Code of medical and sanitary regulations for the guidance of medical officers serving in the Madras Presidency - Volume II
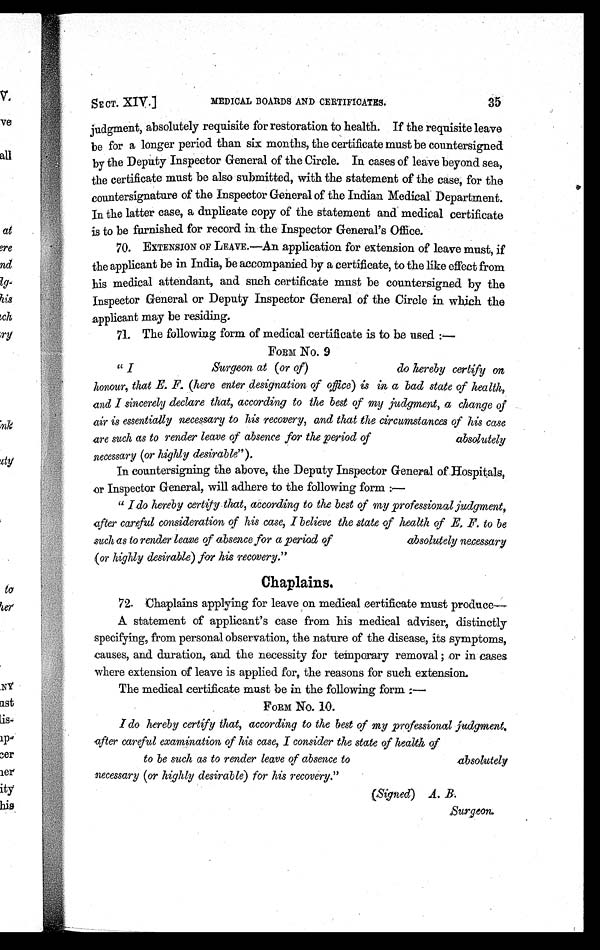
SECT. XIV.]
MEDICAL BOARDS AND CERTIFICATES.
35
judgment, absolutely requisite for restoration to health. If the requisite leave
be for a longer period than six months, the certificate must be countersigned
by the Deputy Inspector General of the Circle. In cases of leave beyond sea,
the certificate must be also submitted, with the statement of the case, for the
countersignature of the Inspector General of the Indian Medical Department.
In the latter case, a duplicate copy of the statement and medical certificate
is to be furnished for record in the Inspector General's Office.
70.
EXTENSION OF LEAVE.—An application for extension of leave must, if
the applicant be in India, be accompanied by a certificate, to the like effect from
his medical attendant, and such certificate must be countersigned by the
Inspector General or Deputy Inspector General of the Circle in which the
applicant may be residing.
71. The following form of medical certificate is to be used :—
FORM No. 9
'' I Surgeon at (or of) do hereby certify on
honour, that E. F. (here enter designation of office) is in a bad state of health,
and I sincerely declare that, according to the best of my judgment, a change of
air is essentially necessary to his recovery, and that the circumstances of his case
are such as to render leave of absence for the period of
absolutely
necessary (or highly desirable").
In countersigning the above, the Deputy Inspector General of Hospitals,
or Inspector General, will adhere to the following form :—
" I do hereby certify that, according to the best of my professional judgment,
after careful consideration of his case, I believe the state of health of E, F. to be
such as to render leave of absence for a period of absolutely necessary
(or highly desirable) for his recovery."
Chaplains.
72. Chaplains applying for leave on medical certificate must produce
A statement of applicant's case from his medical adviser, distinctly
specifying, from personal observation, the nature of the disease, its symptoms,
causes, and duration, and the necessity for temporary removal ; or in eases
where extension of leave is applied for, the reasons for such extension.
The medical certificate must be in the following form :—
FORM No. 10.
I do hereby certify that, according to the best of my professional judgment.
after careful examination of his case, I consider the state of health of
to be such as to render leave of absence to
absolutely
necessary (or highly desirable) for his recovery."
(Signed) A. B.